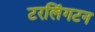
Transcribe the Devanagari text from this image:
टरलिंगटन